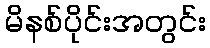
မိနစ်ပိုင်းအတွင်း